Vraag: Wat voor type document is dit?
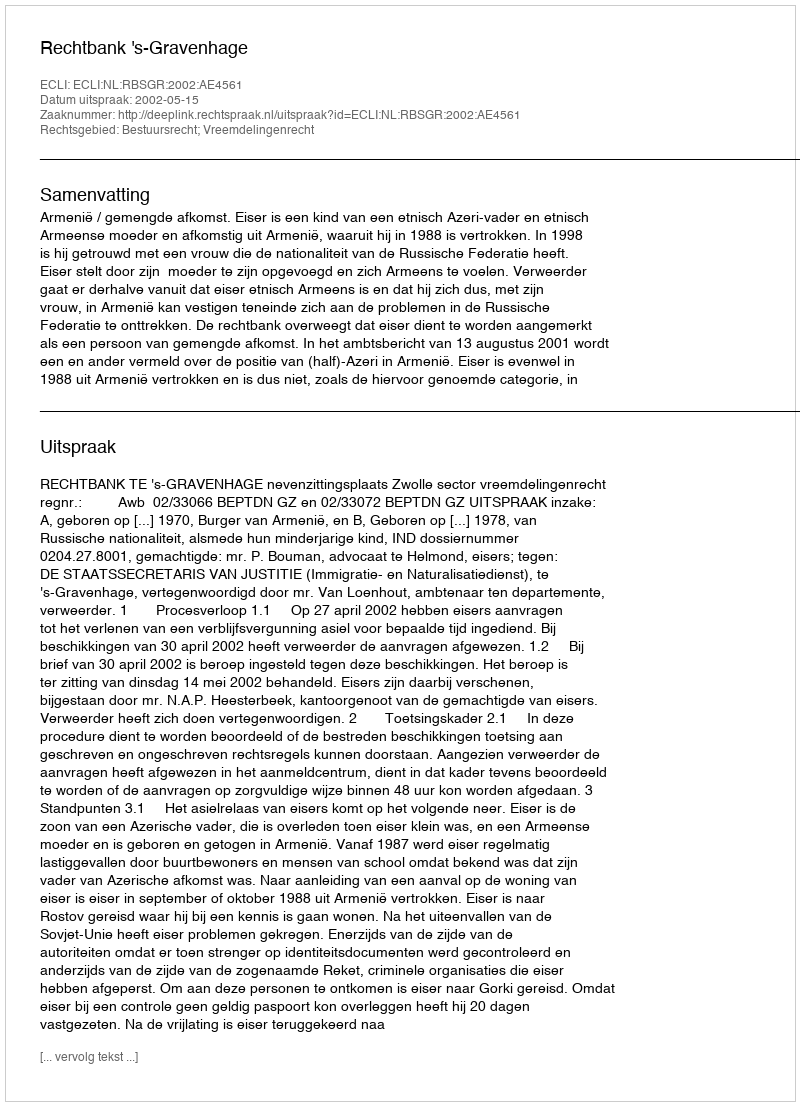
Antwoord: Uitspraak